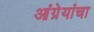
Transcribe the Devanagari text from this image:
आंग्रेयांचा